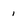
Character: i